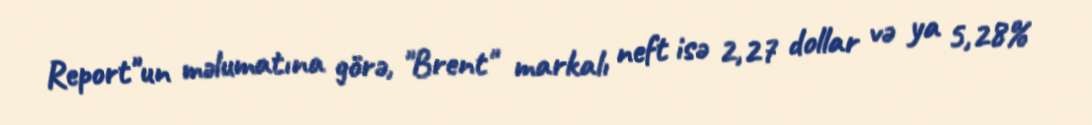
Report"un məlumatına görə, "Brent" markalı neft isə 2,27 dollar və ya 5,28%